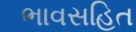
ભાવસહિત